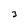
Character: 3